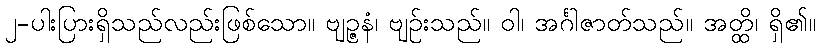
၂-ပါးပြားရှိသည်လည်းဖြစ်သော။ ဗျဉ္ဇနံ၊ ဗျဉ်းသည်။ ဝါ၊ အင်္ဂါဇာတ်သည်။ အတ္ထိ၊ ရှိ၏။